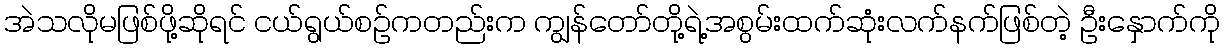
အဲသလိုမဖြစ်ဖို့ဆိုရင် ငယ်ရွယ်စဉ်ကတည်းက ကျွန်တော်တို့ရဲ့အစွမ်းထက်ဆုံးလက်နက်ဖြစ်တဲ့ ဦးနှောက်ကို